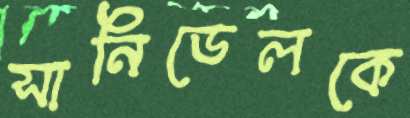
সানিডেলকে